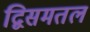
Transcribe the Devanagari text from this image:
द्विसमतल